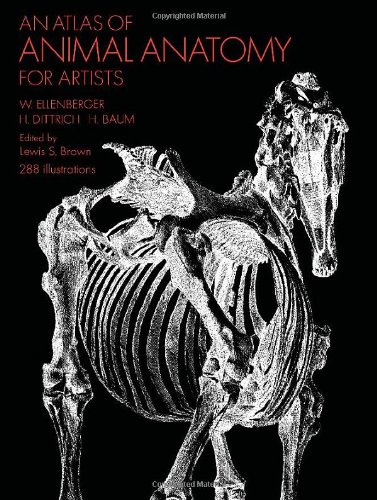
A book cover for An Atlas of Animal Anatomy for Artists (Dover Anatomy for Artists); W. Ellenberger; Arts & Photography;